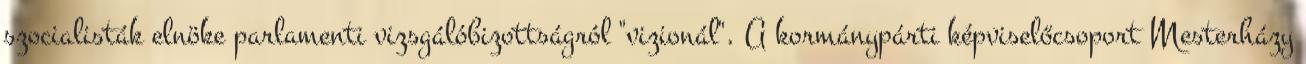
szocialisták elnöke parlamenti vizsgálóbizottságról "vizionál". A kormánypárti képviselőcsoport Mesterházy